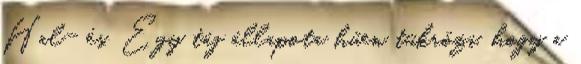
Hal- és. Egy táj állapota hűen tükrözi, hogy a